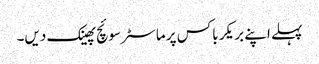
پہلے اپنے بریکر باکس پر ماسٹر سوئچ پھینک دیں۔